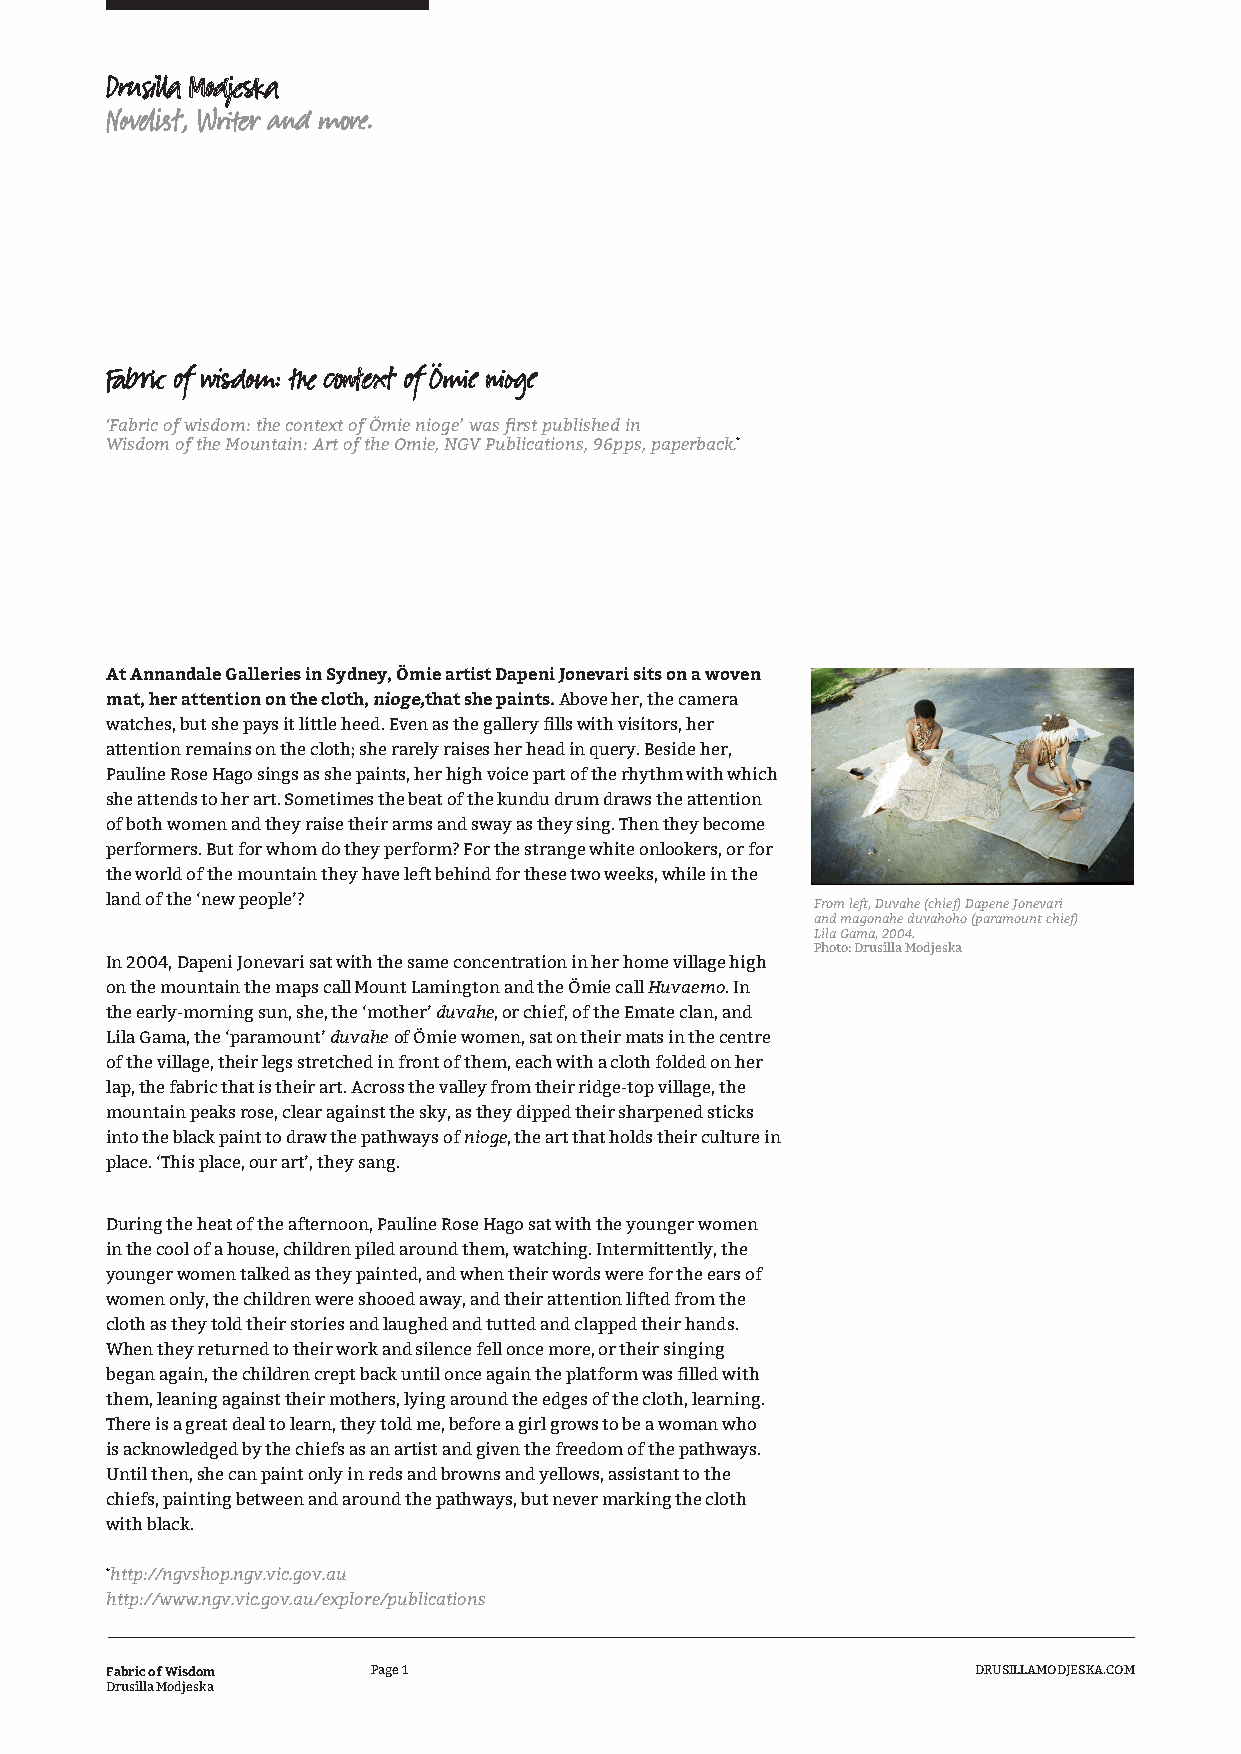
Drusilla Modjeska
 Novelist, Writer and more.
 Fabric of wisdom: the context of Ömie nioge
 ‘Fabric of wisdom: the context of Ömie nioge’ was first published in
 Wisdom of the Mountain: Art of the Omie, NGV Publications, 96pps, paperback.*
 At Annandale Galleries in Sydney, Ömie artist Dapeni Jonevari sits on a woven
 mat, her attention on the cloth, nioge,that she paints. Above her, the camera
 watches, but she pays it little heed. Even as the gallery fills with visitors, her
 attention remains on the cloth; she rarely raises her head in query. Beside her,
 Pauline Rose Hago sings as she paints, her high voice part of the rhythm with which
 she attends to her art. Sometimes the beat of the kundu drum draws the attention
 of both women and they raise their arms and sway as they sing. Then they become
 performers. But for whom do they perform? For the strange white onlookers, or for
 the world of the mountain they have left behind for these two weeks, while in the
 land of the ‘new people’?
 From left, Duvahe (chief) Dapene Jonevari
 and magonahe duvahoho (paramount chief)
 Lila Gama, 2004.
 Photo: Drusilla Modjeska
 In 2004, Dapeni Jonevari sat with the same concentration in her home village high
 on the mountain the maps call Mount Lamington and the Ömie call Huvaemo. In
 the early-morning sun, she, the ‘mother’ duvahe, or chief, of the Emate clan, and
 Lila Gama, the ‘paramount’ duvahe of Ömie women, sat on their mats in the centre
 of the village, their legs stretched in front of them, each with a cloth folded on her
 lap, the fabric that is their art. Across the valley from their ridge-top village, the
 mountain peaks rose, clear against the sky, as they dipped their sharpened sticks
 into the black paint to draw the pathways of nioge, the art that holds their culture in
 place. ‘This place, our art’, they sang.
 During the heat of the afternoon, Pauline Rose Hago sat with the younger women
 in the cool of a house, children piled around them, watching. Intermittently, the
 younger women talked as they painted, and when their words were for the ears of
 women only, the children were shooed away, and their attention lifted from the
 cloth as they told their stories and laughed and tutted and clapped their hands.
 When they returned to their work and silence fell once more, or their singing
 began again, the children crept back until once again the platform was filled with
 them, leaning against their mothers, lying around the edges of the cloth, learning.
 There is a great deal to learn, they told me, before a girl grows to be a woman who
 is acknowledged by the chiefs as an artist and given the freedom of the pathways.
 Until then, she can paint only in reds and browns and yellows, assistant to the
 chiefs, painting between and around the pathways, but never marking the cloth
 with black.
 *http://ngvshop.ngv.vic.gov.au
 http://www.ngv.vic.gov.au/explore/publications
 Fabric of Wisdom  Page 1                                  DRUSILLAMODJESKA.COM
 Drusilla Modjeska